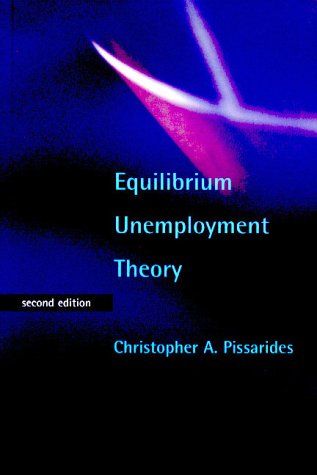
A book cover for Equilibrium Unemployment Theory - 2nd Edition; Christopher A. Pissarides; Business & Money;